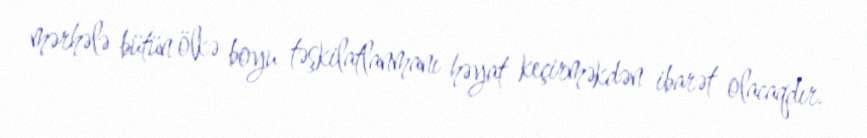
mərhələ bütün ölkə boyu təşkilatlanmanı həyat keçirməkdən ibarət olacaqdır.